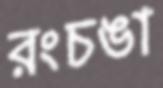
রংচঙা